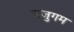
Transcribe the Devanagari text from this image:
अंजुगम